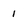
Character: 1